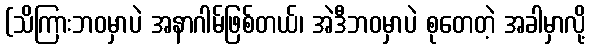
(သိကြားဘဝမှာပဲ အနာဂါမ်ဖြစ်တယ်၊ အဲဒီဘဝမှာပဲ စုတေတဲ့ အခါမှာလို့